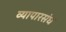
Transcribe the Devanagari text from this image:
व्यापारसंघ